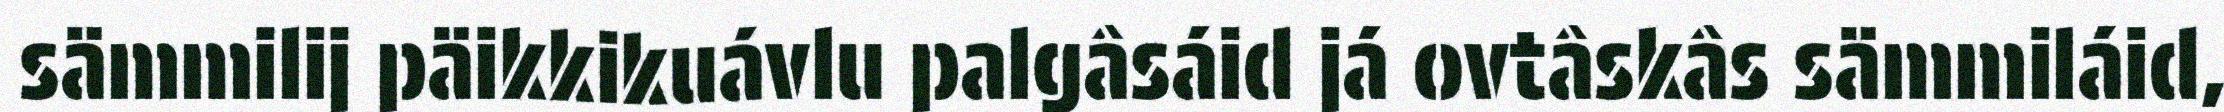
sämmilij päikkikuávlu palgâsáid já ovtâskâs sämmiláid,